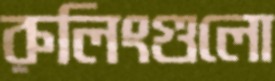
রুলিংগুলো